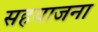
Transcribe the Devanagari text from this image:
सहयाजना